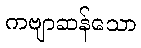
ကဗျာဆန်သော